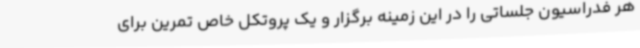
هر فدراسیون جلساتی را در این زمینه برگزار و یک پروتکل خاص تمرین برای